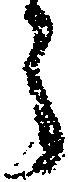
う